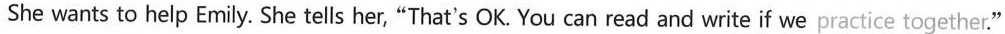
She wants to help Emily. She tells her,“That's OK. You can read and write if we practice together."